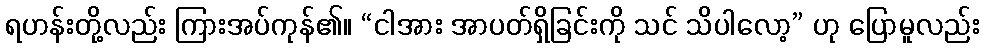
ရဟန်းတို့လည်း ကြားအပ်ကုန်၏။ “ငါအား အာပတ်ရှိခြင်းကို သင် သိပါလော့” ဟု ပြောမူလည်း